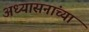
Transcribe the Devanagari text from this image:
अध्यासनांच्या